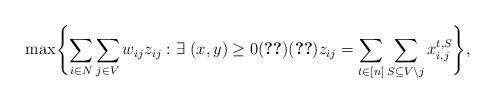
LaTeX: \begin{align*}\max \Biggl\{ \sum_{ i \in N } \sum_{ j \in V} w_{ij} z_{ij} : \exists ~ (x, y) \geq 0 \eqref{eq:obm_lp_pol1}\eqref{eq:obm_lp_pol2} z_{ij} =\sum_{t\in[n]}\sum_{S\subseteq V\backslash j}x_{i,j}^{t,S} \Biggr\} ,\end{align*}